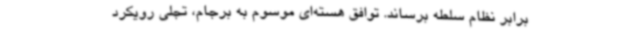
برابر نظام سلطه برساند. توافق هسته‌ای موسوم به برجام، تجلی رویکرد